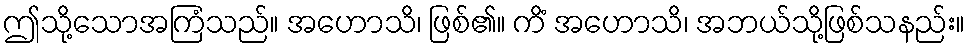
ဤသို့သောအကြံသည်။ အဟောသိ၊ ဖြစ်၏။ ကိံ အဟောသိ၊ အဘယ်သို့ဖြစ်သနည်း။